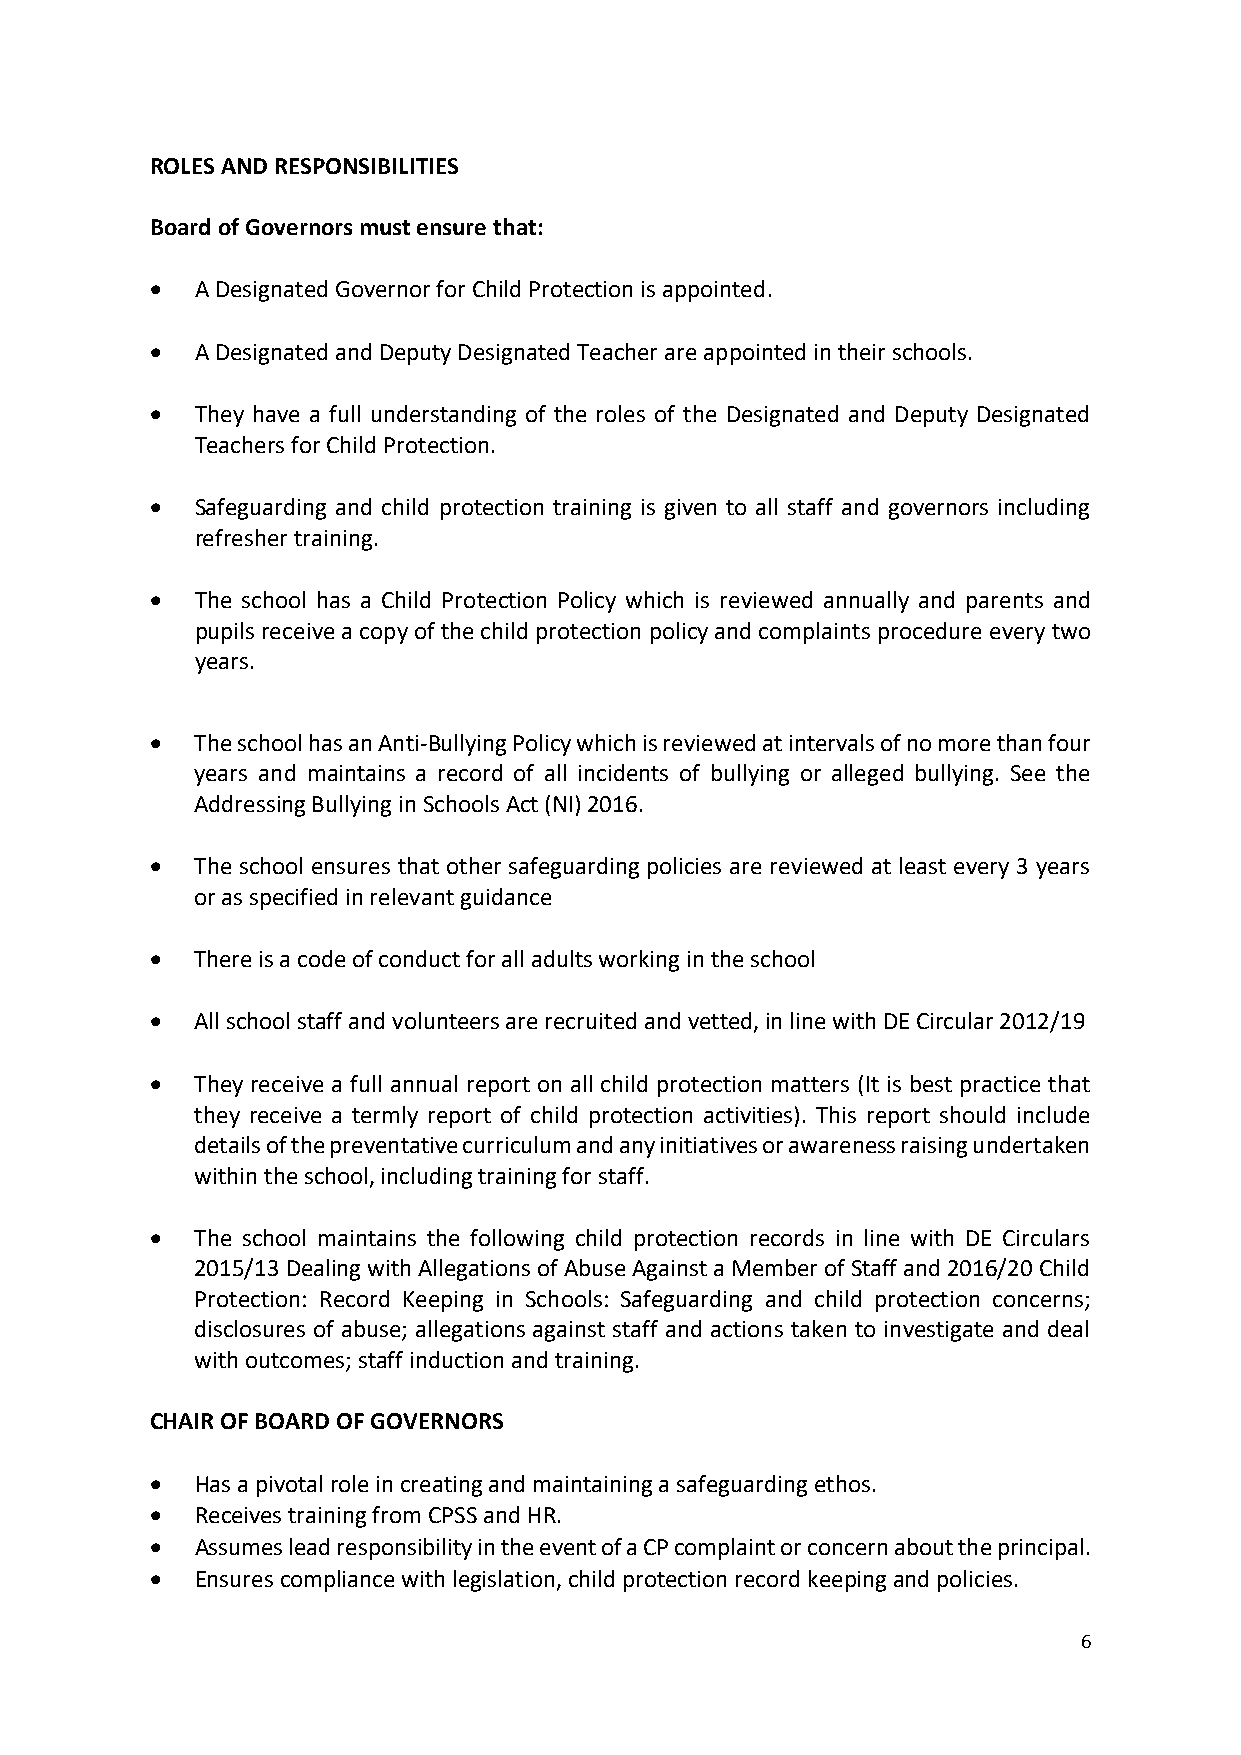
ROLES AND RESPONSIBILITIES
 Board of Governors must ensure that:
   A Designated Governor for Child Protection is appointed.
   A Designated and Deputy Designated Teacher are appointed in their schools.
   They have a full understanding of the roles of the Designated and Deputy Designated
 Teachers for Child Protection.
   Safeguarding and child protection training is given to all staff and governors including
 refresher training.
   The school has a Child Protection Policy which is reviewed annually and parents and
 pupils receive a copy of the child protection policy and complaints procedure every two
 years.
   The school has an Anti-Bullying Policy which is reviewed at intervals of no more than four
 years and maintains a record of all incidents of bullying or alleged bullying. See the
 Addressing Bullying in Schools Act (NI) 2016.
   The school ensures that other safeguarding policies are reviewed at least every 3 years
 or as specified in relevant guidance
   There is a code of conduct for all adults working in the school
   All school staff and volunteers are recruited and vetted, in line with DE Circular 2012/19
   They receive a full annual report on all child protection matters (It is best practice that
 they receive a termly report of child protection activities). This report should include
 details of the preventative curriculum and any initiatives or awareness raising undertaken
 within the school, including training for staff.
   The school maintains the following child protection records in line with DE Circulars
 2015/13 Dealing with Allegations of Abuse Against a Member of Staff and 2016/20 Child
 Protection: Record Keeping in Schools: Safeguarding and child protection concerns;
 disclosures of abuse; allegations against staff and actions taken to investigate and deal
 with outcomes; staff induction and training.
 CHAIR OF BOARD OF GOVERNORS
   Has a pivotal role in creating and maintaining a safeguarding ethos.
   Receives training from CPSS and HR.
   Assumes lead responsibility in the event of a CP complaint or concern about the principal.
   Ensures compliance with legislation, child protection record keeping and policies.
 6